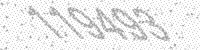
Solution: 119493